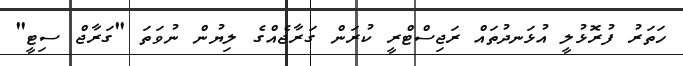
ހަތަރު ފުރޮޅުލީ އުޅަނދުތައް ރަޖިސްޓްރީ ކުރަން ގަރާޖެއްގެ ލިޔުން ނުވަތަ "ގަރާޖް ސިޓީ"